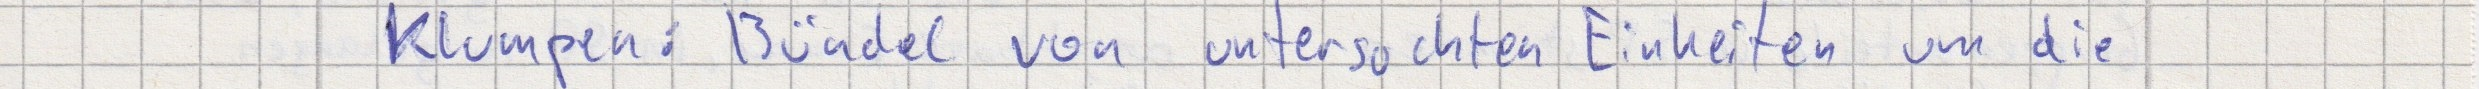
Klumpen: Bündel von untersuchten Einheiten um die